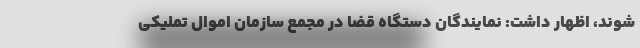
شوند، اظهار داشت: نمایندگان دستگاه قضا در مجمع سازمان اموال تملیکی